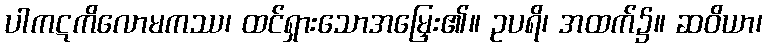
ပါကဋကိလောမကဿ၊ ထင်ရှားသောအမြှေး၏။ ဥပရိ၊ အထက်၌။ ဆဝိယာ၊